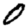
Digit: 0